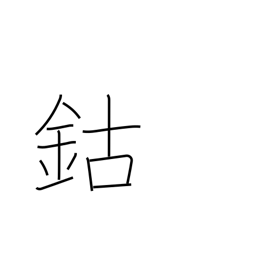
Meaning: cobalt